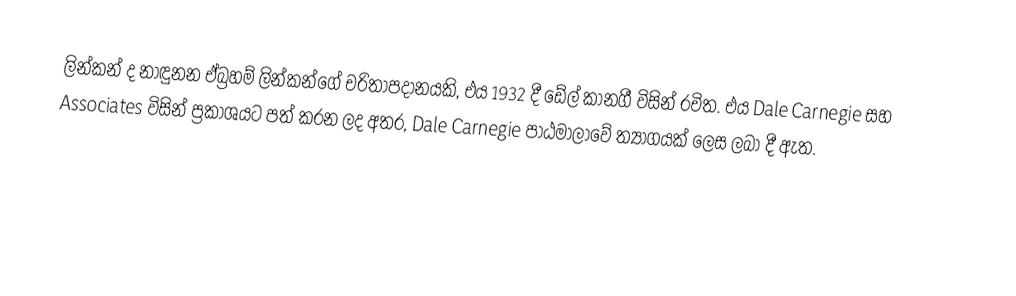
ලින්කන් ද නාඳුනන ඒබ්‍රහම් ලින්කන්ගේ චරිතාපදානයකි, එය 1932 දී ඩේල් කානගී විසින් රචිත. එය Dale Carnegie සහ Associates විසින් ප්‍රකාශයට පත් කරන ලද අතර, Dale Carnegie පාඨමාලාවේ ත්‍යාගයක් ලෙස ලබා දී ඇත.